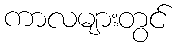
ကာလများတွင်